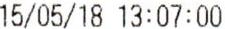
15/05/18 13:07:00